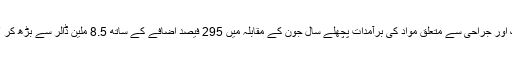
سرجیکل گاؤن ، ماسک اور جراحی سے متعلق مواد کی برآمدات پچھلے سال جون کے مقابلہ میں 295 فیصد اضافے کے ساتھ 8.5 ملین ڈالر سے بڑھ کر 33,7 ملین ڈالر ہوگئیں۔